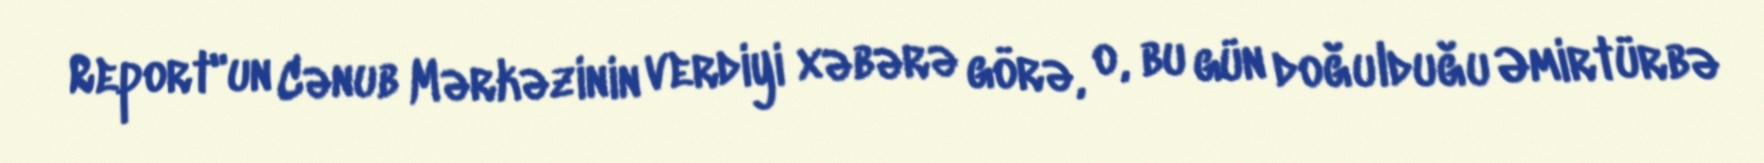
Report"un Cənub Mərkəzinin verdiyi xəbərə görə, o, bu gün doğulduğu Əmirtürbə